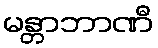
မန္တာဘာဏီ